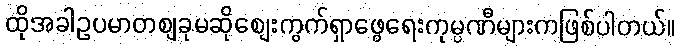
ထိုအခါဥပမာတစျခုမဆိုစျေးကွက်ရှာဖွေရေးကုမ္ပဏီများကဖြစ်ပါတယ်။